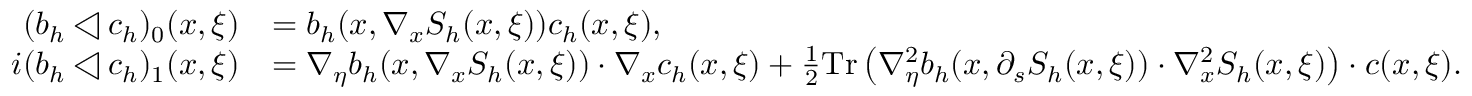
\begin{array} { r l } { ( b _ { h } \triangleleft c _ { h } ) _ { 0 } ( x , \xi ) } & { = b _ { h } ( x , \nabla _ { x } S _ { h } ( x , \xi ) ) c _ { h } ( x , \xi ) , } \\ { i ( b _ { h } \triangleleft c _ { h } ) _ { 1 } ( x , \xi ) } & { = \nabla _ { \eta } b _ { h } ( x , \nabla _ { x } S _ { h } ( x , \xi ) ) \cdot \nabla _ { x } c _ { h } ( x , \xi ) + \frac { 1 } { 2 } \mathrm { T r } \left( \nabla _ { \eta } ^ { 2 } b _ { h } ( x , \partial _ { s } S _ { h } ( x , \xi ) ) \cdot \nabla _ { x } ^ { 2 } S _ { h } ( x , \xi ) \right) \cdot c ( x , \xi ) . } \end{array}